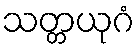
သတ္တယုဂံ